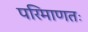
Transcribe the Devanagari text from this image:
परिमाणतः